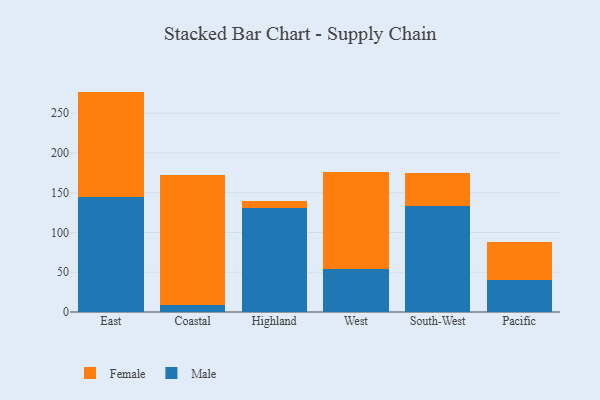
{"axis": {"x": "Region", "y": "Tickets Resolved"}, "legend": ["Female", "Male"], "data": [{"x": "East", "y": 144.9, "type": "Male"}, {"x": "East", "y": 132.3, "type": "Female"}, {"x": "Coastal", "y": 9.3, "type": "Male"}, {"x": "Coastal", "y": 162.7, "type": "Female"}, {"x": "Highland", "y": 130.6, "type": "Male"}, {"x": "Highland", "y": 9.5, "type": "Female"}, {"x": "West", "y": 54.6, "type": "Male"}, {"x": "West", "y": 121.9, "type": "Female"}, {"x": "South-West", "y": 133.0, "type": "Male"}, {"x": "South-West", "y": 41.8, "type": "Female"}, {"x": "Pacific", "y": 40.5, "type": "Male"}, {"x": "Pacific", "y": 47.2, "type": "Female"}]}